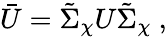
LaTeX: \bar{U}=\tilde{\Sigma}_{\chi}U\tilde{\Sigma}_{\chi}\ ,